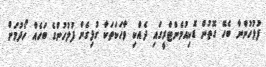
ފުލުހުންނާ ބެހޭ ގޮތުން ޑޮކިއުމެންޓްރީގައި ދެއްކި ވާހަކަތަކާ ގުޅިގެން ފުލުހުންގެ ބަހެއް ހޯދުމަށް